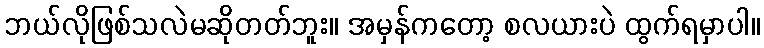
ဘယ်လိုဖြစ်သလဲမဆိုတတ်ဘူး။ အမှန်ကတော့ စလယားပဲ ထွက်ရမှာပါ။